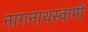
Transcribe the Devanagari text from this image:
नागनाथस्वामी